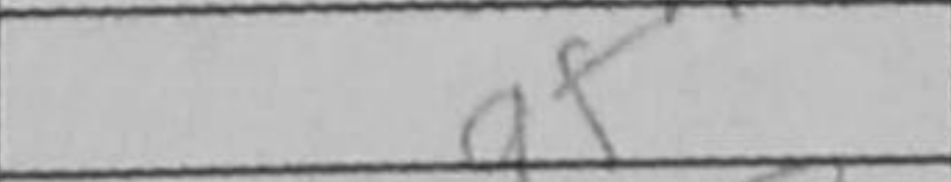
Transcription: g5